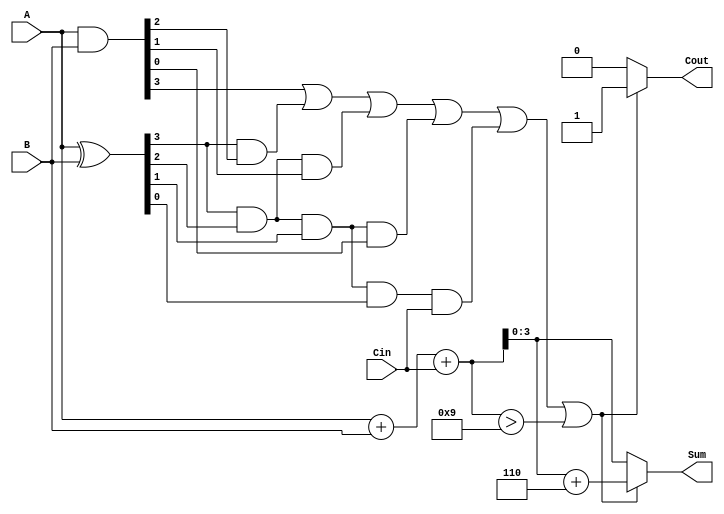
module BCD_Carry_Lookahead_Adder (
    input  [3:0] A,     // First BCD digit
    input  [3:0] B,     // Second BCD digit
    input        Cin,    // Carry input
    output reg [3:0] Sum, // Sum output
    output reg Cout      // Carry output
);

    // Internal signals
    wire [3:0] P;  // Propagate signals
    wire [3:0] G;  // Generate signals
    wire [4:0] C;  // Carry signals
    wire [4:0] RawSum; // Raw sum including carry-in

    // Generate and propagate signals
    assign P = A ^ B;      // P[i] = A[i] XOR B[i]
    assign G = A & B;      // G[i] = A[i] AND B[i]

    // Carry signals
    assign C[0] = Cin; // C[0] = Cin
    assign C[1] = G[0] | (P[0] & C[0]);
    assign C[2] = G[1] | (P[1] & G[0]) | (P[1] & P[0] & C[0]);
    assign C[3] = G[2] | (P[2] & G[1]) | (P[2] & P[1] & G[0]) | (P[2] & P[1] & P[0] & C[0]);
    assign C[4] = G[3] | (P[3] & G[2]) | (P[3] & P[2] & G[1]) | (P[3] & P[2] & P[1] & G[0]) | (P[3] & P[2] & P[1] & P[0] & C[0]);

    // Raw sum calculation
    assign RawSum = A + B + Cin;

    // Sum and Cout output calculation
    always @(*) begin
        if (C[4] == 1 || RawSum > 9) begin
            Sum = RawSum + 4'b0110; // Adjust sum by adding 6
            Cout = 1; // Set carry out
        end else begin
            Sum = RawSum[3:0]; // Use raw sum directly
            Cout = 0; // No carry out
        end
    end

endmodule